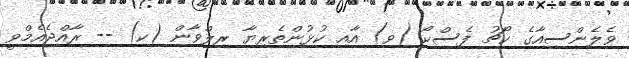
ވެލެންސިއާގެ ކޯޗު ފެސްކޯ (ވ) އާއި ކުޅުންތެރިޔާ ރިލްވާން (ކ) -- ރާއްޖެއެމްވީ